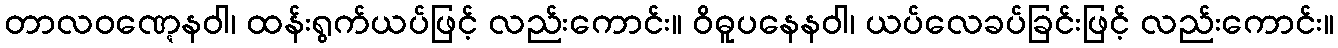
တာလဝဏ္ဋေနဝါ၊ ထန်းရွက်ယပ်ဖြင့် လည်းကောင်း။ ဝိဓူပနေနဝါ၊ ယပ်လေခပ်ခြင်းဖြင့် လည်းကောင်း။